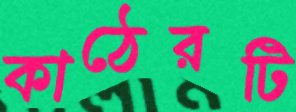
কাঠেরটি